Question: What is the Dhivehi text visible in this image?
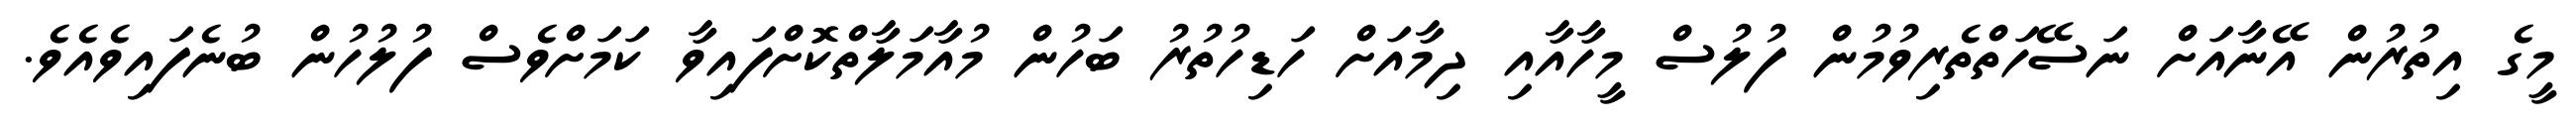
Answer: މީގެ އިތުރުން އޭނާއަށް ނަސޭހަތްތެރިވުމުން ފުލުސް މީހާއާއި ދިމާއަށް ހަޑިހުތުރު ބަހުން މުއާމަލާތްކޮށްފައިވާ ކަމަށްވެސް ފުލުހުން ބުނެފައިވެއެވެ.